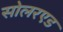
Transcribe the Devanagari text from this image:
सोलरएड